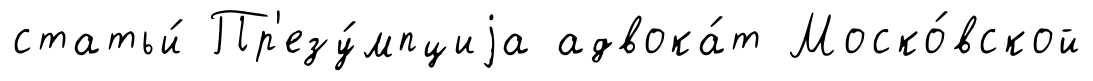
статьи́ Пр'езу́мпциjа адвока́т Моско́вской